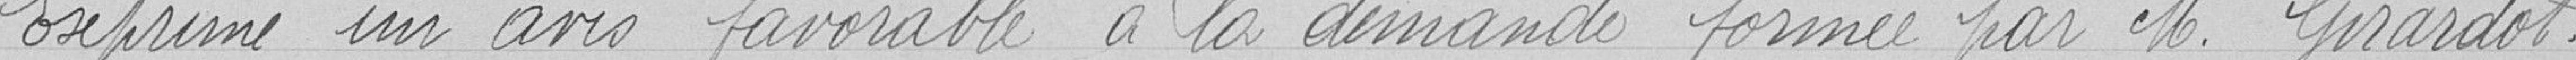
Exprime un avis favorable à la demande formée par M. Girardot